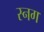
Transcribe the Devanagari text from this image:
स्नग